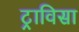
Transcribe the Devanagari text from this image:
ट्राविसा